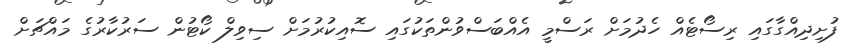
ފުށިދިއްގާގައި ރިސޯޓެއް ހެދުމަށް ރަސްމީ އެއްބަސްވުންތަކުގައި ސޮއިކުރުމަށް ސިވިލް ކޯޓުން ސަރުކާރުގެ މައްޗަށް